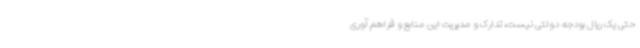
حتی یک ریال بودجه دولتی نیست، تدارک و مدیریت این منابع و فراهم آوری